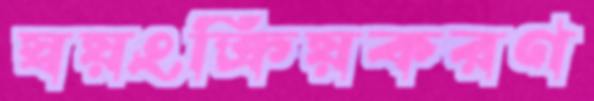
স্বয়ংক্রিয়করণ